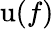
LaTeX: \operatorname{u}(f)